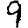
Digit: 9